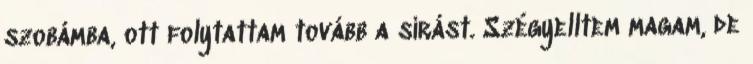
szobámba, ott folytattam tovább a sírást. Szégyelltem magam, de